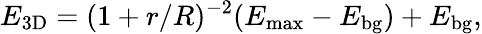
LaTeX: E_{\mathrm{3D}}=(1+r/R)^{-2}(E_{\mathrm{max}}-E_{\mathrm{bg}})+E_{\mathrm{bg}},